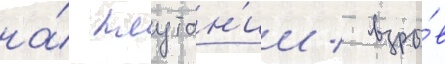
на́ плутон'ии / взры́в